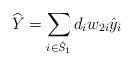
LaTeX: \begin{align*}\widehat{Y} = \sum_{i\in \hat{S}_1} d_i w_{2i} \hat{y}_i \end{align*}